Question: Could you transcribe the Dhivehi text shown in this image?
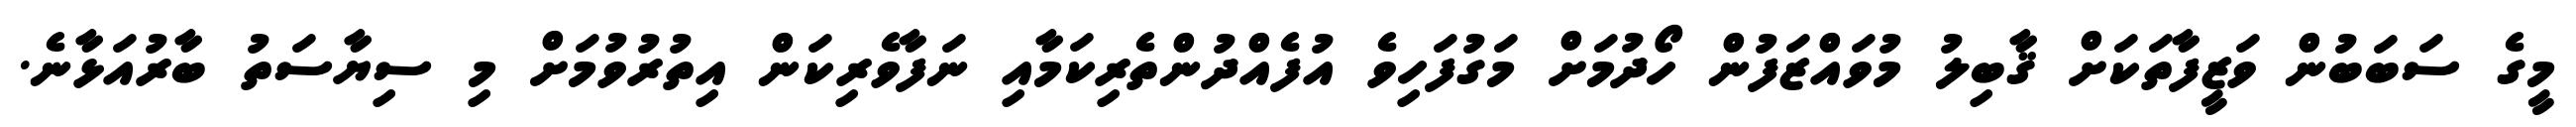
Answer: މީގެ ސަބަބުން ވަޒީފާތަކަށް ޤާބިލު މުވައްޒަފުން ހޯދުމަށް މަގުފަހިވެ އުފެއްދުންތެރިކަމާއި ނަފާވެރިކަން އިތުރުވުމަށް މި ސިޔާސަތު ބާރުއަޅާނެ.